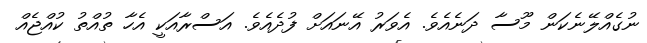
ނުގެއްލޭނެކަން މޫސާ ދަނެއެވެ. އެވަރު އޭނައަށް ފުދެއެވެ. އަސްރާއަކީ އެހާ ތުއްތު ކުއްޖެއް